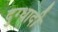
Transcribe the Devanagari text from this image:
दुग्धादी